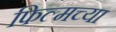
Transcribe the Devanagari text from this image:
फिल्मच्या